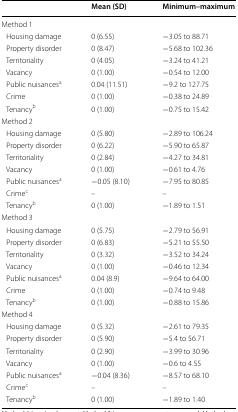
|  | Mean (SD) | Minimum–maximum |
 | --- | --- | --- |
 | <COLSPAN=3> Method 1 |
 | Housing damage | 0 (6.55) | −3.05 to 88.71 |
 | Property disorder | 0 (8.47) | −5.68 to 102.36 |
 | Territoriality | 0 (4.05) | −3.24 to 41.21 |
 | Vacancy | 0 (1.00) | −0.54 to 12.00 |
 | Public nuisancesa | 0.04 (11.51) | −9.2 to 127.75 |
 | Crime | 0 (1.00) | −0.38 to 24.89 |
 | Tenancyb | 0 (1.00) | −0.75 to 15.42 |
 | <COLSPAN=3> Method 2 |
 | Housing damage | 0 (5.80) | −2.89 to 106.24 |
 | Property disorder | 0 (6.22) | −5.90 to 65.87 |
 | Territoriality | 0 (2.84) | −4.27 to 34.81 |
 | Vacancy | 0 (1.00) | −0.61 to 4.76 |
 | Public nuisancesa | −0.05 (8.10) | −7.95 to 80.85 |
 | Crimec | – | – |
 | Tenancyb | 0 (1.00) | −1.89 to 1.51 |
 | <COLSPAN=3> Method 3 |
 | Housing damage | 0 (5.75) | −2.79 to 56.91 |
 | Property disorder | 0 (6.83) | −5.21 to 55.50 |
 | Territoriality | 0 (3.32) | −3.52 to 34.24 |
 | Vacancy | 0 (1.00) | −0.46 to 12.34 |
 | Public nuisancesa | 0.04 (8.9) | −9.64 to 64.00 |
 | Crime | 0 (1.00) | −0.74 to 9.48 |
 | Tenancyb | 0 (1.00) | −0.88 to 15.86 |
 | <COLSPAN=3> Method 4 |
 | Housing damage | 0 (5.32) | −2.61 to 79.35 |
 | Property disorder | 0 (5.90) | −5.4 to 56.71 |
 | Territoriality | 0 (2.90) | −3.99 to 30.96 |
 | Vacancy | 0 (1.00) | −0.6 to 4.55 |
 | Public nuisancesa | −0.04 (8.36) | −8.57 to 68.10 |
 | Crimec | – | – |
 | Tenancyb | 0 (1.00) | −1.89 to 1.40 |